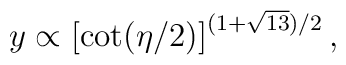
y\propto \left[\cot(\eta/2)\right]^{(1+\sqrt{13})/2} ,